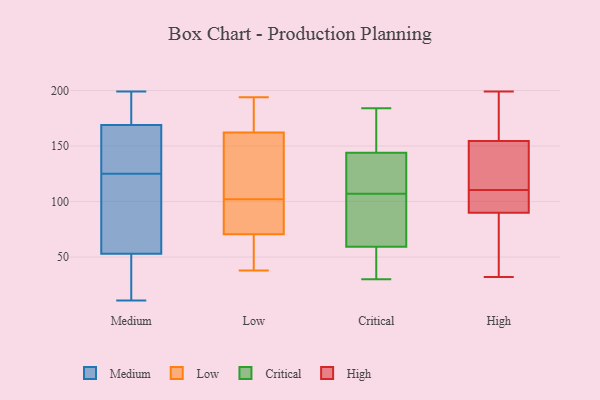
{"axis": {"x": "Temperature (°C)", "y": "Value"}, "legend": ["Critical", "High", "Low", "Medium"], "data": [{"x": "", "y": 20, "type": "Medium"}, {"x": "", "y": 170, "type": "Medium"}, {"x": "", "y": 195, "type": "Medium"}, {"x": "", "y": 19, "type": "Medium"}, {"x": "", "y": 104, "type": "Medium"}, {"x": "", "y": 104, "type": "Medium"}, {"x": "", "y": 50, "type": "Medium"}, {"x": "", "y": 199, "type": "Medium"}, {"x": "", "y": 166, "type": "Medium"}, {"x": "", "y": 154, "type": "Medium"}, {"x": "", "y": 62, "type": "Medium"}, {"x": "", "y": 125, "type": "Medium"}, {"x": "", "y": 165, "type": "Medium"}, {"x": "", "y": 11, "type": "Medium"}, {"x": "", "y": 191, "type": "Medium"}, {"x": "", "y": 86, "type": "Low"}, {"x": "", "y": 155, "type": "Low"}, {"x": "", "y": 93, "type": "Low"}, {"x": "", "y": 102, "type": "Low"}, {"x": "", "y": 184, "type": "Low"}, {"x": "", "y": 113, "type": "Low"}, {"x": "", "y": 38, "type": "Low"}, {"x": "", "y": 155, "type": "Low"}, {"x": "", "y": 72, "type": "Low"}, {"x": "", "y": 194, "type": "Low"}, {"x": "", "y": 188, "type": "Low"}, {"x": "", "y": 66, "type": "Low"}, {"x": "", "y": 58, "type": "Low"}, {"x": "", "y": 107, "type": "Critical"}, {"x": "", "y": 76, "type": "Critical"}, {"x": "", "y": 182, "type": "Critical"}, {"x": "", "y": 59, "type": "Critical"}, {"x": "", "y": 122, "type": "Critical"}, {"x": "", "y": 175, "type": "Critical"}, {"x": "", "y": 147, "type": "Critical"}, {"x": "", "y": 114, "type": "Critical"}, {"x": "", "y": 105, "type": "Critical"}, {"x": "", "y": 32, "type": "Critical"}, {"x": "", "y": 135, "type": "Critical"}, {"x": "", "y": 184, "type": "Critical"}, {"x": "", "y": 132, "type": "Critical"}, {"x": "", "y": 40, "type": "Critical"}, {"x": "", "y": 83, "type": "Critical"}, {"x": "", "y": 30, "type": "Critical"}, {"x": "", "y": 181, "type": "Critical"}, {"x": "", "y": 60, "type": "Critical"}, {"x": "", "y": 54, "type": "Critical"}, {"x": "", "y": 105, "type": "High"}, {"x": "", "y": 121, "type": "High"}, {"x": "", "y": 65, "type": "High"}, {"x": "", "y": 86, "type": "High"}, {"x": "", "y": 160, "type": "High"}, {"x": "", "y": 32, "type": "High"}, {"x": "", "y": 99, "type": "High"}, {"x": "", "y": 94, "type": "High"}, {"x": "", "y": 199, "type": "High"}, {"x": "", "y": 116, "type": "High"}, {"x": "", "y": 199, "type": "High"}, {"x": "", "y": 149, "type": "High"}]}